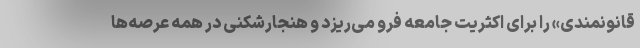
قانونمندی» را برای اکثریت جامعه فرو می‌ریزد و هنجارشکنی در همه عرصه‌ها